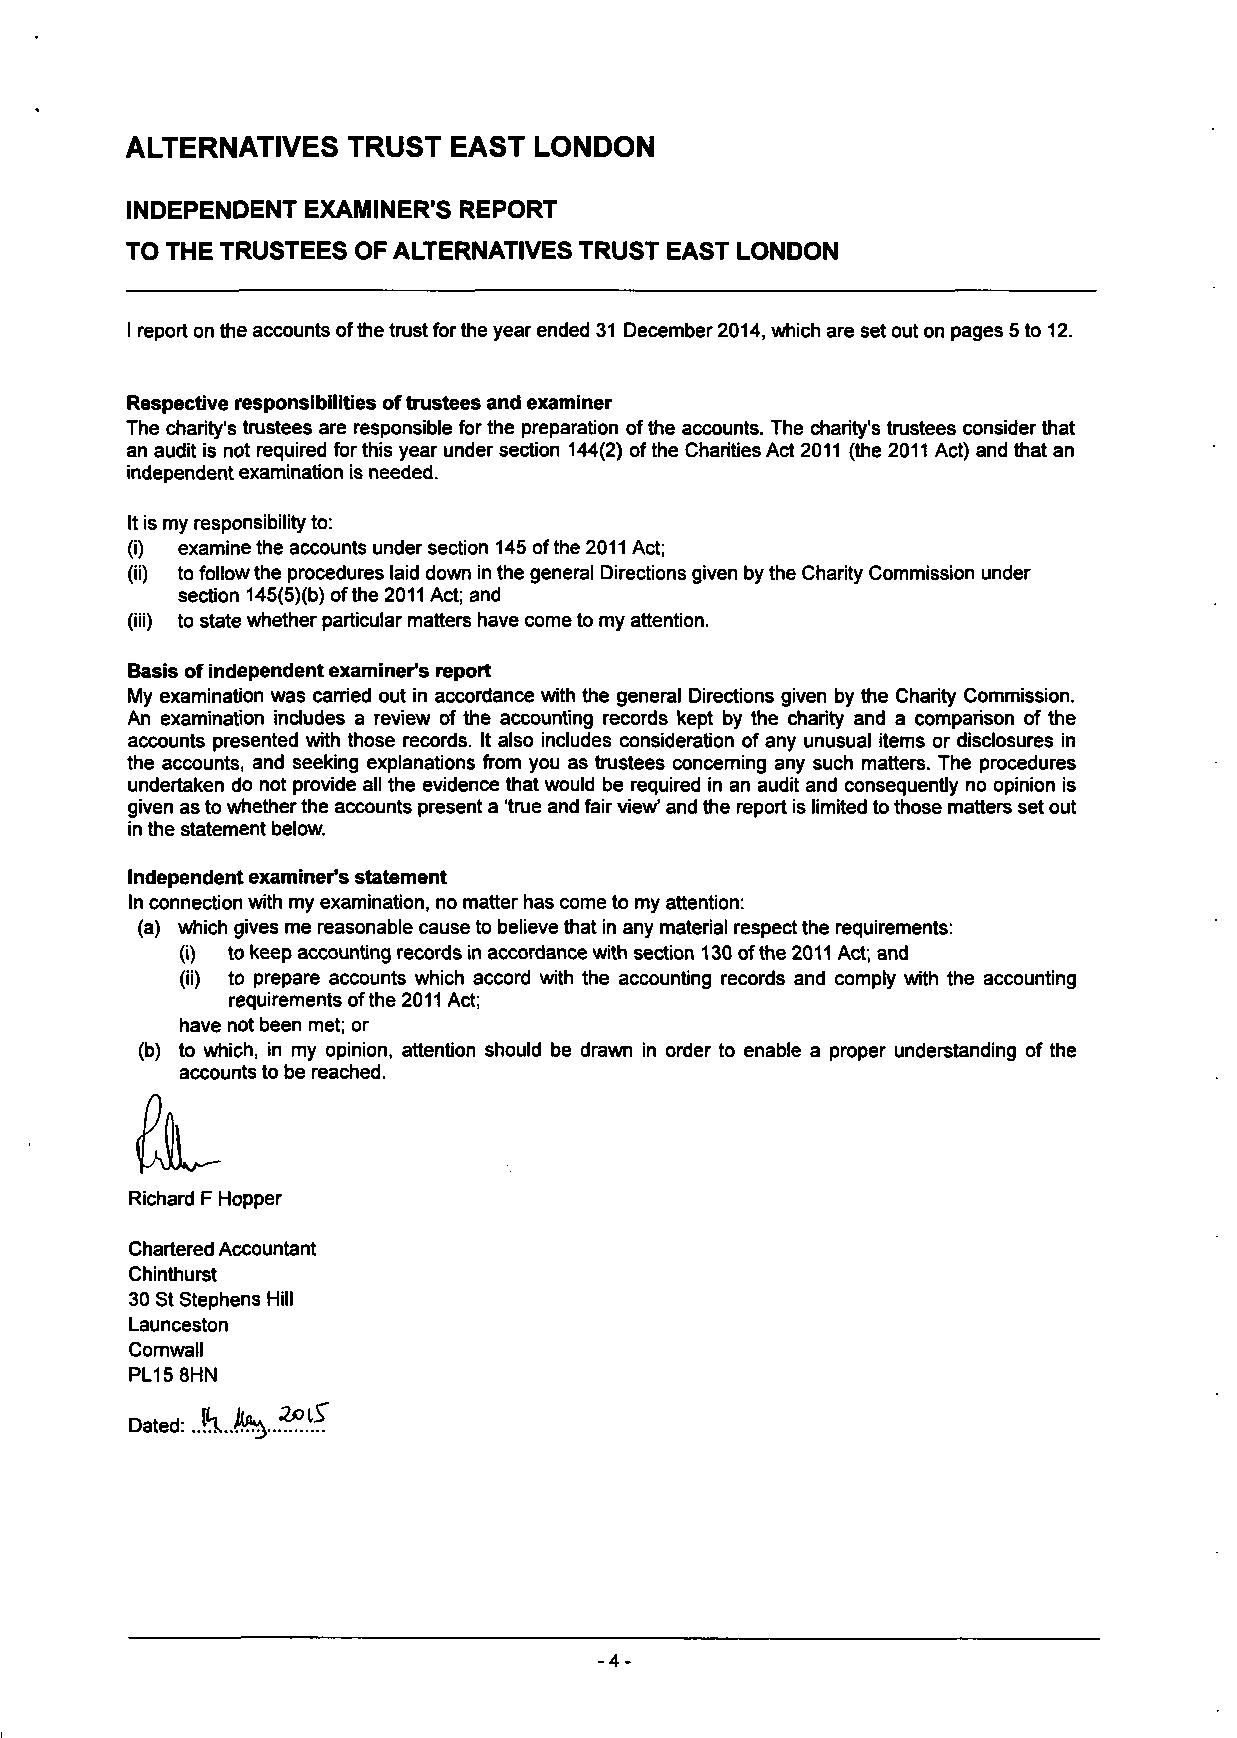
ALTERNATIVES   TRUST  EAST LONDON
 INDEPENDENT EXAMINER'S REPORT
 TO THE TRUSTEES OF ALTERNATIVES TRUST EAST LONDON
 I report on the accounts of the trust for the year ended 31 December 2014, which are set out on pages 5 to 12.
 Respective responsibilities of trustees and examiner
 The charity's trustees are responsible for the preparation of the accounts. The charity's trustees consider that
 an audit is not required for this year under section 144(2) of the Charities Act 2011 (the 2011 Act) and that an
 independent examination is needed.
 It is my responsibility to:
 (i) examine the accounts under section 145 of the 2011 Act;
 (ii) to follow the procedures laid down in the general Directions given by the Charity Commission under
 section 145(5)(b) of the 2011 Act; and
 (iii) to state whether particular matters have come to my attention.
 Basis of independent examiner's report
 My examination was earned out in accordance with the general Directions given by the Charity Commission.
 An examination includes a review of the accounting records kept by the charity and a comparison of the
 accounts presented with those records. It also includes consideration of any unusual items or disclosures in
 the accounts, and seeking explanations from you as trustees concerning any such matters. The procedures
 undertaken do not provide all the evidence that would be required in an audit and consequently no opinion is
 given as to whether the accounts present a 'true and fair view1 and the report is limited to those matters set out
 in the statement below.
 Independent examiner's statement
 In connection with my examination, no matter has come to my attention:
 (a) which gives me reasonable cause to believe that in any material respect the requirements:
 (i) to keep accounting records in accordance with section 130 of the 2011 Act; and
 (ii) to prepare accounts which accord with the accounting records and comply with the accounting
 requirements of the 2011 Act;
 have not been met; or
 (b) to which, in my opinion, attention should be drawn in order to enable a proper understanding of the
 accounts to be reached.
 Richard F Hopper
 Chartered Accountant
 Chinthurst
 30 St Stephens Hill
 Launceston
 Cornwall
 PL15 8HN
 Dated:
 -4-